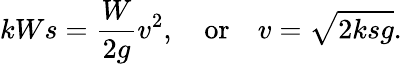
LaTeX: kWs={\frac{W}{2g}}v^{2},\quad{\mathrm{or}}\quad v={\sqrt{2ksg}}.